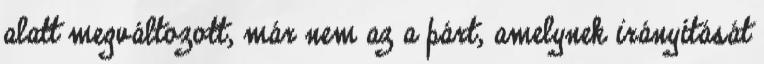
alatt megváltozott, már nem az a párt, amelynek irányítását